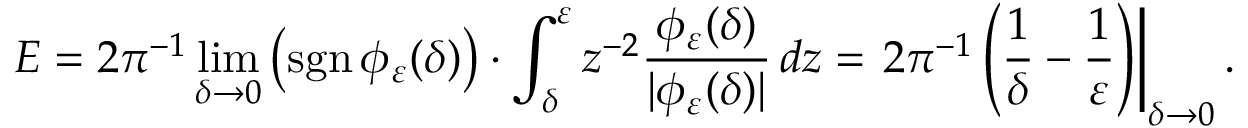
E = 2 \pi ^ { - 1 } \operatorname* { l i m } _ { \delta \to 0 } \left( \operatorname { s g n } \phi _ { \varepsilon } ( \delta ) \right) \cdot \int _ { \delta } ^ { \varepsilon } z ^ { - 2 } \frac { \phi _ { \varepsilon } ( \delta ) } { | \phi _ { \varepsilon } ( \delta ) | } \mathop { } \! { d { z } } = \left. 2 \pi ^ { - 1 } \left( \frac { 1 } { \delta } - \frac { 1 } { \varepsilon } \right) \right| _ { \delta \to 0 } .